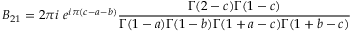
B _ { 2 1 } = 2 \pi i ~ e ^ { i \pi ( c - a - b ) } \frac { \Gamma ( 2 - c ) \Gamma ( 1 - c ) } { \Gamma ( 1 - a ) \Gamma ( 1 - b ) \Gamma ( 1 + a - c ) \Gamma ( 1 + b - c ) }